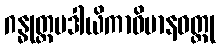
ဂန္ဓုတ္တမဒါယိကာဝိမာနဝတ္ထု